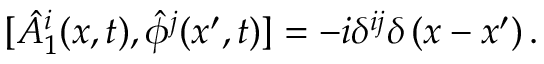
[ \hat { A } _ { 1 } ^ { i } ( x , t ) , \hat { \phi } ^ { j } ( x ^ { \prime } , t ) ] = - i \delta ^ { i j } \delta \left( x - x ^ { \prime } \right) .